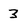
Character: 3